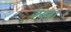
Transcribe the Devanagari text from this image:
ज्यत्रा